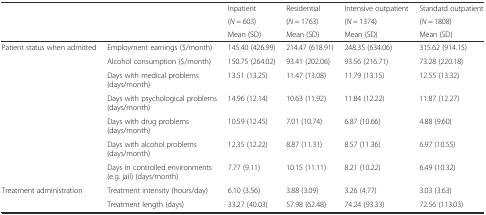
| <ROWSPAN=3>  | <ROWSPAN=3>  | Inpatient | Residential | Intensive outpatient | Standard outpatient |
 | (N = 603) | (N = 1763) | (N = 1374) | (N = 1808) |
 | Mean (SD) | Mean (SD) | Mean (SD) | Mean (SD) |
 | --- | --- | --- | --- | --- | --- |
 | <ROWSPAN=7> Patient status when admitted | Employment earnings ($/month) | 145.40 (426.99) | 214.47 (618.91) | 248.35 (634.06) | 315.62 (914.15) |
 | Alcohol consumption ($/month) | 150.75 (264.02) | 93.41 (202.06) | 93.56 (216.71) | 73.28 (220.18) |
 | Days with medical problems (days/month) | 13.51 (13.25) | 11.47 (13.08) | 11.79 (13.15) | 12.55 (13.32) |
 | Days with psychological problems (days/month) | 14.96 (12.14) | 10.63 (11.92) | 11.84 (12.22) | 11.87 (12.27) |
 | Days with drug problems (days/month) | 10.59 (12.45) | 7.01 (10.74) | 6.87 (10.66) | 4.88 (9.60) |
 | Days with alcohol problems (days/month) | 12.35 (12.22) | 8.87 (11.31) | 8.57 (11.36) | 6.97 (10.55) |
 | Days in controlled environments (e.g. jail) (days/month) | 7.77 (9.11) | 10.15 (11.11) | 8.21 (10.22) | 6.49 (10.32) |
 | <ROWSPAN=2> Treatment administration | Treatment intensity (hours/day) | 6.10 (3.56) | 3.88 (3.09) | 3.26 (4.77) | 3.03 (3.63) |
 | Treatment length (days) | 33.27 (40.03) | 57.98 (62.48) | 74.24 (93.33) | 72.56 (113.03) |